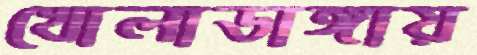
খোলাডাঙ্গায়